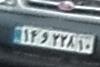
۱۴و۲۲۸۱۰